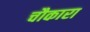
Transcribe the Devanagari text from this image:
चौकारा